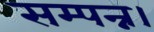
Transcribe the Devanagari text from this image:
सम्पन्न।